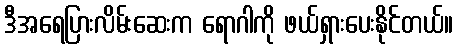
ဒီအရေပြားလိမ်းဆေးက ရောဂါကို ဖယ်ရှားပေးနိုင်တယ်။